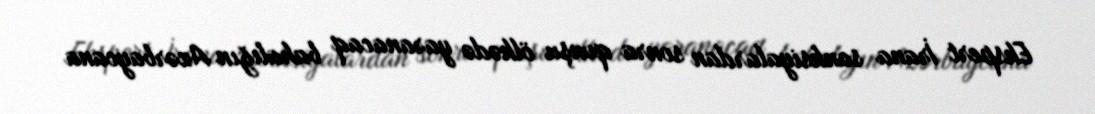
Ekspert İrana sanksiyalardan sonra qonşu ölkədə yaranacaq bahalığın Azərbaycana